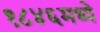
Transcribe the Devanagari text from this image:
१८४६मध्ये